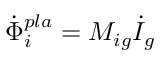
\dot { \Phi } _ { i } ^ { p l a } = M _ { i g } \dot { I } _ { g }